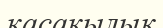
қасақылық